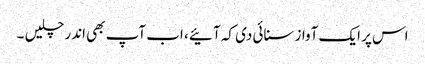
اس پر ایک آواز سنائی دی کہ آئیے ، اب آپ بھی اندر چلیں ۔